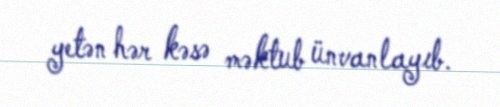
yetən hər kəsə məktub ünvanlayıb.